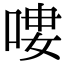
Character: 𠶭